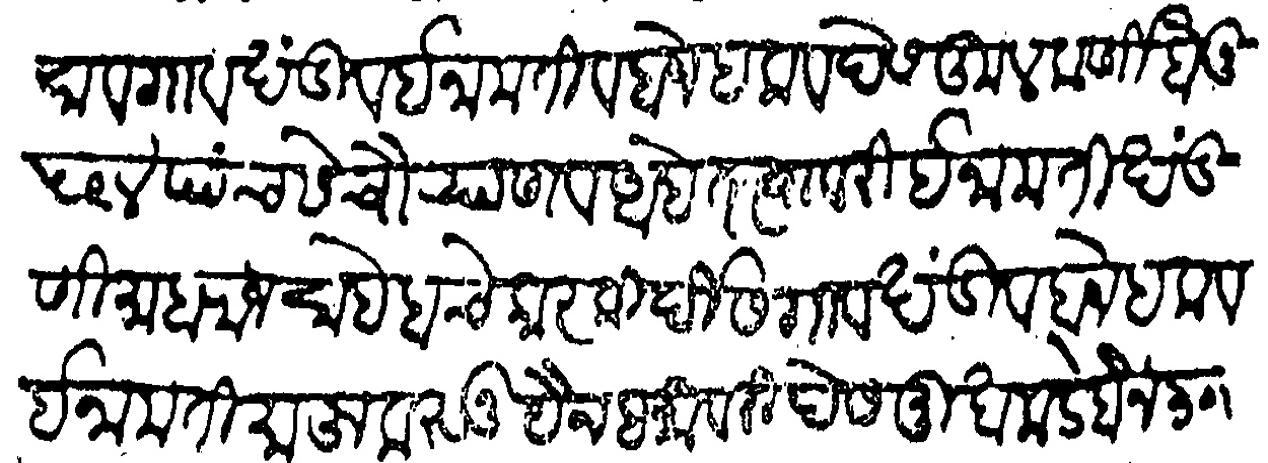
Transliteration (Devanagari): येकूणीसेसा व गावखंडी व ईनामती व बाजे हक व देसकुलकर्णी होनू ५९४ पाचसे चौऱ्याणव आहेत त्यावरी ईनामती खंडणी महाराज साहेबाचे कारकीर्दीस गावखंडी व बाजेहक व ईनामती माफू करूनू यैन हकावरी देसमुखाकडे होन ३०५